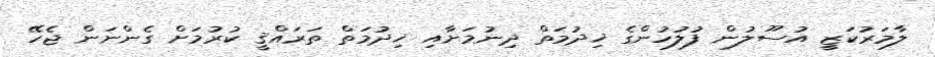
ލާމަރުކަޒީ އުސޫލުން ފުލުހުންގެ ޚިދުމަތް ދިނުމަށާއި ޚިދުމަތް ތަރައްޤީ ކުރުމަށް ގެންނަން ޖެހޭ